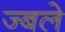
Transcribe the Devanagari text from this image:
ज्बले